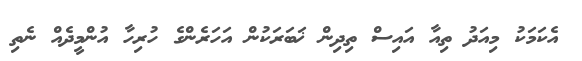
އެކަމަކު މިއަދު ތިއާ އައިސް ތިދިން ޚަބަރަކުން އަހަރެންގެ ހުރިހާ އުންމީދެއް ނެތި